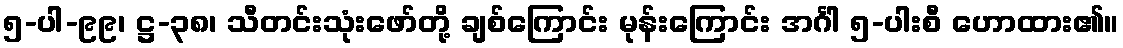
၅-ပါ-၉၉၊ ဋ္ဌ-၃၈၊ သီတင်းသုံးဖော်တို့ ချစ်ကြောင်း မုန်းကြောင်း အင်္ဂါ ၅-ပါးစီ ဟောထား၏။